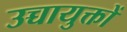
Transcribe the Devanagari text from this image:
उच्चायुक्तों